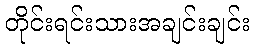
တိုင်းရင်းသားအချင်းချင်း